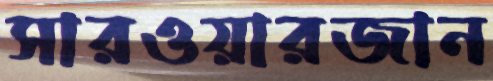
সারওয়ারজান